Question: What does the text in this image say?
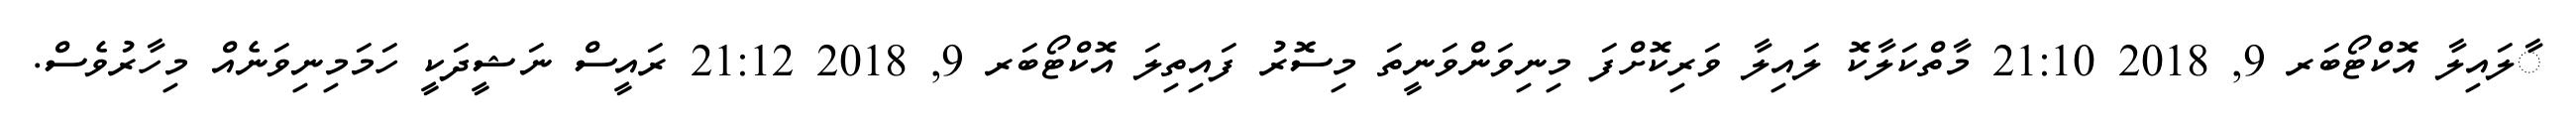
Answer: ާލައިލާ އޮކްޓޯބަރ 9, 2018 21:10 މާތްކަލާކޮ ލައިލާ ވަރިކޮށްފަ މިނިވަންވަނީތަ މިސޮރު ފައިތިލަ އޮކްޓޯބަރ 9, 2018 21:12 ރައީސް ނަޝީދަކީ ހަމަމިނިވަނެއް މިހާރުވެސް.